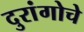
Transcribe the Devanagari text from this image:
दुरांगोचे